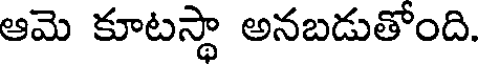
ఆమె కూటస్థా అనబడుతోంది.